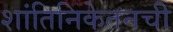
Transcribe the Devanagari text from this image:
शांतिनिकेतनची